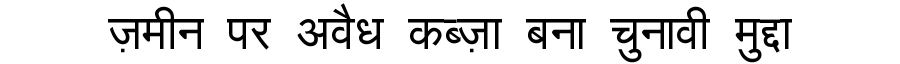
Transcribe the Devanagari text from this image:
ज़मीन पर अवैध कब्ज़ा बना चुनावी मुद्दा